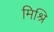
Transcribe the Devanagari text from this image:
मिश्रि